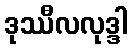
ဒုဿီလလုဒ္ဒါ